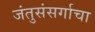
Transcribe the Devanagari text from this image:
जंतुसंसर्गाचा